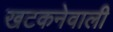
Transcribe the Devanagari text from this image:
खटकनेवाली